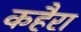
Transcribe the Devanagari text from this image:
कहैरा